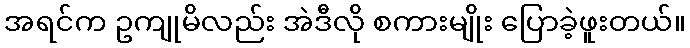
အရင်က ဥကျုမိလည်း အဲဒီလို စကားမျိုး ပြောခဲ့ဖူးတယ်။